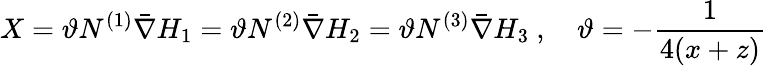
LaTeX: X=\vartheta N^{\left(1\right)}\bar{\nabla}H_{1}=\vartheta N^{\left(2\right)}\bar{\nabla}H_{2}=\vartheta N^{\left(3\right)}\bar{\nabla}H_{3}\mathrm{~,~\ \ \ }\vartheta=-\frac{1}{4(x+z)}